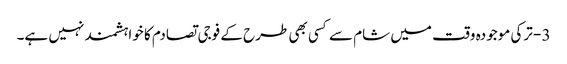
3 - ترکی موجودہ وقت میں شام سے کسی بھی طرح کے فوجی تصادم کا خواہشمند نہیں ہے۔